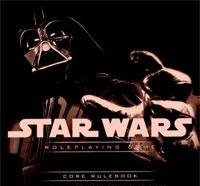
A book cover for Star Wars Roleplaying Game Core Rulebook, Saga Edition; Owen K.C. Stephens; Science Fiction & Fantasy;